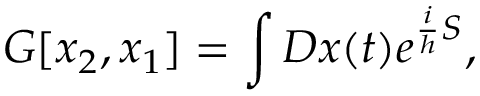
G [ x _ { 2 } , x _ { 1 } ] = \int { \cal D } x ( t ) e ^ { { \frac { i } { h } } S } ,